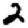
Digit: 2